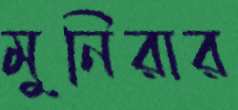
মুনিরার